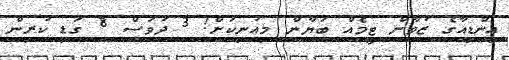
އިންޑިއާގެ ޒުވާން ޓީމެއް ބަޔާން މިއުނިކަށް! 3 ދުވަސް 8 ގަޑި ކުރިން